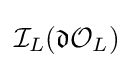
{\mathcal {I}}_{L}({\mathfrak {d}}{\mathcal {O}}_{L})